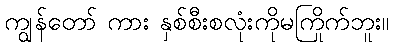
ကျွန်တော် ကား နှစ်စီးစလုံးကိုမကြိုက်ဘူး။